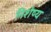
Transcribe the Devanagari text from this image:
निशेष्य